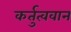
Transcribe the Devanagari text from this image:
कर्तुत्ववान